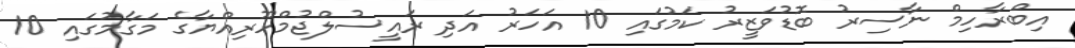
އިބްރާހިމް ނާސިރު ބޮޑުވަޒީރު ކަމުގައި 10 އަހަރު އަދި ރައީސުލްޖުމްހޫރިއްޔާގެ މަގާމުގައި 10